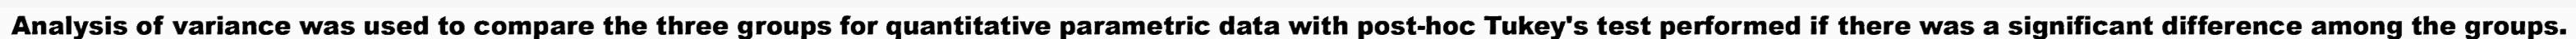
Analysis of variance was used to compare the three groups for quantitative parametric data with post-hoc Tukey's test performed if there was a significant difference among the groups.